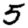
Digit: 5